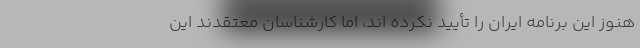
هنوز این برنامه ایران را تأیید نکرده اند، اما کارشناسان معتقدند این